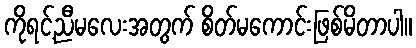
ကိုရင့်ညီမလေးအတွက် စိတ်မကောင်းဖြစ်မိတာပါ။